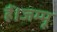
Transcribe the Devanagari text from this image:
हैं।जम्मू